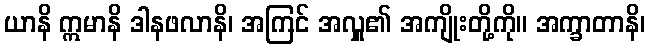
ယာနိ ဣမာနိ ဒါနဖလာနိ၊ အကြင် အလှူ၏ အကျိုးတို့ကို။ အက္ခာတာနိ၊